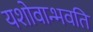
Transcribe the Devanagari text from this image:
यशोवान्भवति